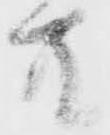
共